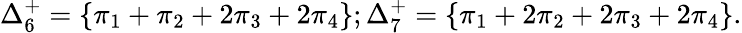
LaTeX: \Delta_{6}^{+}=\{ \pi_{1}+\pi_{2}+2\pi_{3}+2\pi_{4}\} ;\Delta_{7}^{+}=\{ \pi_{1}+2\pi_{2}+2\pi_{3}+2\pi_{4}\} .